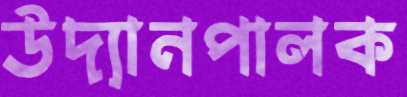
উদ্যানপালক